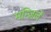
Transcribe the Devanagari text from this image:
मन्ज़िलें